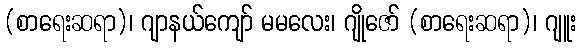
(စာရေးဆရာ)၊ ဂျာနယ်ကျော် မမလေး၊ ဂျိုဇော် (စာရေးဆရာ)၊ ဂျူး